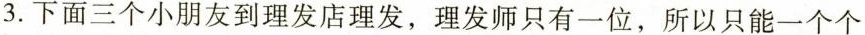
3.下面三个小朋友到理发店理发，理发师只有一位，所以只能一个个